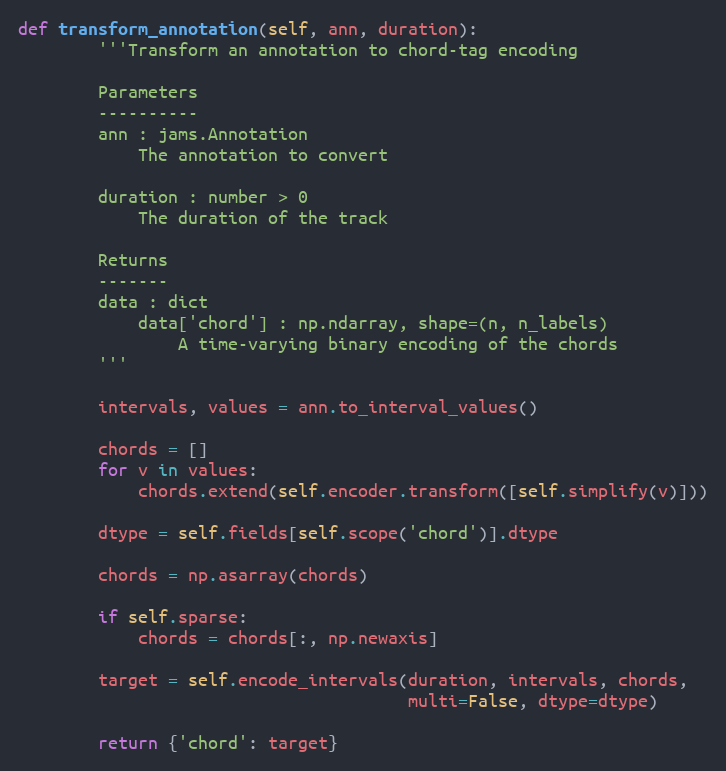
Language: Python
def transform_annotation(self, ann, duration):
        '''Transform an annotation to chord-tag encoding

        Parameters
        ----------
        ann : jams.Annotation
            The annotation to convert

        duration : number > 0
            The duration of the track

        Returns
        -------
        data : dict
            data['chord'] : np.ndarray, shape=(n, n_labels)
                A time-varying binary encoding of the chords
        '''

        intervals, values = ann.to_interval_values()

        chords = []
        for v in values:
            chords.extend(self.encoder.transform([self.simplify(v)]))

        dtype = self.fields[self.scope('chord')].dtype

        chords = np.asarray(chords)

        if self.sparse:
            chords = chords[:, np.newaxis]

        target = self.encode_intervals(duration, intervals, chords,
                                       multi=False, dtype=dtype)

        return {'chord': target}